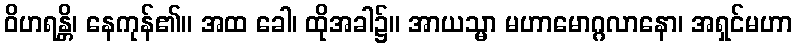
ဝိဟရန္တိ၊ နေကုန်၏။ အထ ခေါ၊ ထိုအခါ၌။ အာယသ္မာ မဟာမောဂ္ဂလာနော၊ အရှင်မဟာ